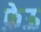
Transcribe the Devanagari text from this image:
फ़ेऊ